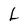
Character: L